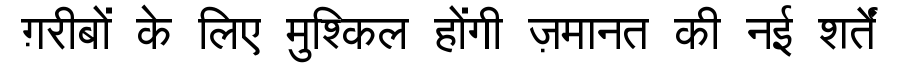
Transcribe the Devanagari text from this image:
ग़रीबों के लिए मुश्किल होंगी ज़मानत की नई शर्तें